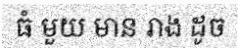
ធំ មួយ មាន រាង ដូច